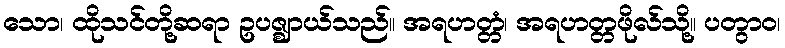
သော၊ ထိုသင်တို့ဆရာ ဥပဇ္ဈာယ်သည်။ အရဟတ္တံ၊ အရဟတ္တဖိုလ်သို့။ ပတွာဝ၊